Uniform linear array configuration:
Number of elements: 64
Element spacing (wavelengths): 1
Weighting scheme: hann
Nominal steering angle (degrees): -60
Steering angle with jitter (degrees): -61.284
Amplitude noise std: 0.05
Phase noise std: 0.05

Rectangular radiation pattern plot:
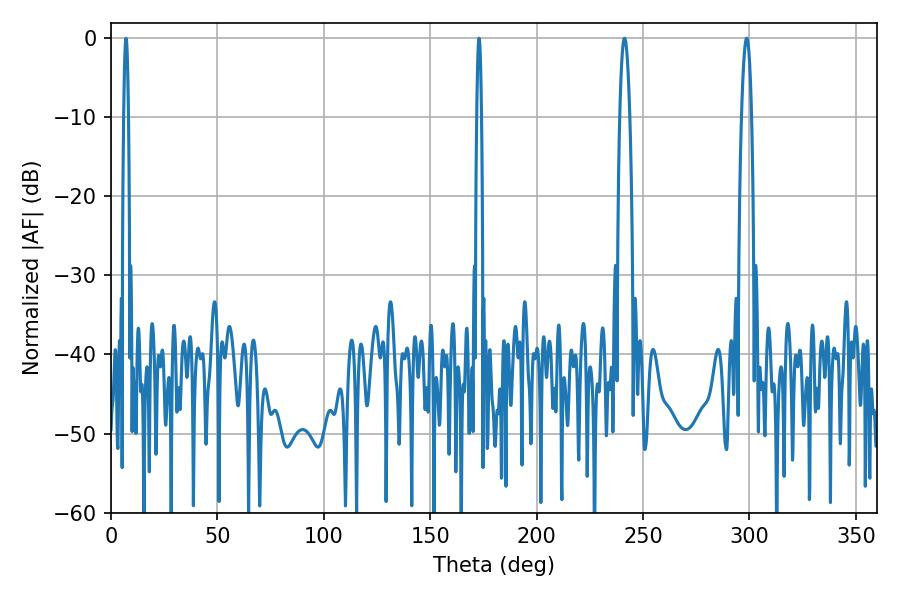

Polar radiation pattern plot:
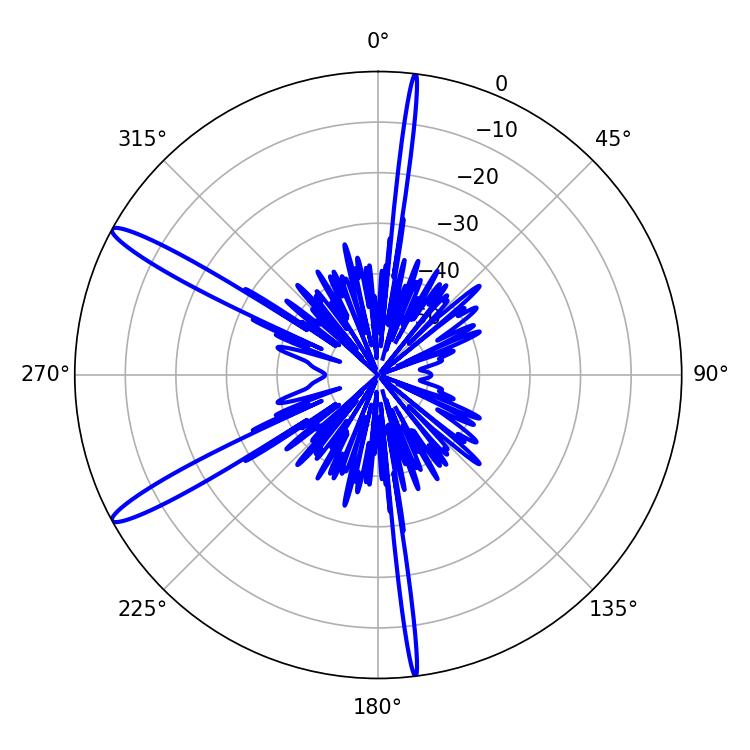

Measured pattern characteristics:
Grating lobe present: TRUE
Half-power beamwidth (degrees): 1.08
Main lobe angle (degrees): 7.02